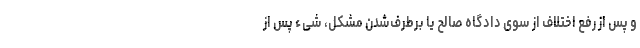
و پس از رفع اختلاف از سوی دادگاه صالح یا برطرف‌شدن مشکل، شیء پس از